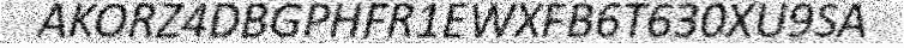
AKORZ4DBGPHFR1EWXFB6T630XU9SA